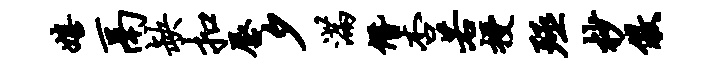
嬉鬲缺扣唇夕满僭杏若授殛杪儆